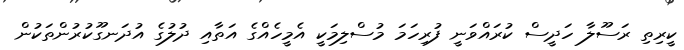
ކީރިތި ރަސޫލާ ހަދީސް ކުރައްވަނީ ފުރިހަމަ މުސްލިމަކީ އެމީހެއްގެ އަތާއި ދުލުގެ އުދަނގޫކުރުންތަކުން